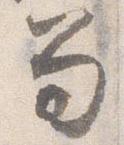
笏